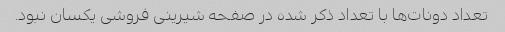
تعداد دونات‌ها با تعداد ذکر شده در صفحه شیرینی فروشی یکسان نبود.